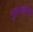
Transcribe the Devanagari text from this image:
गुरुदेवसिंह